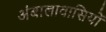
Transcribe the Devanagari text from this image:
अंबालावासियों